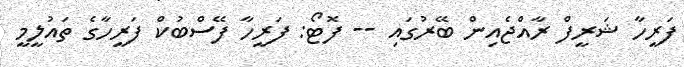
ފަރީހާ ޝަރީފް ރާއްޖެއިން ބޭރުގައި -- ފޮޓޯ: ފަރީހާ ފޭސްބުކް ފަރީހާގެ ތައުލީމީ